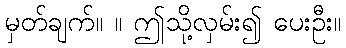
မှတ်ချက်။ ။ ဤသို့လှမ်း၍ ပေးဦး။